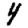
Digit: 4